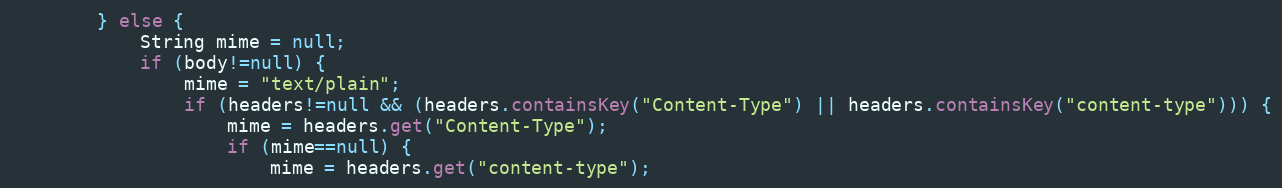
Language: Java
        } else {
            String mime = null;
            if (body!=null) {
                mime = "text/plain";
                if (headers!=null && (headers.containsKey("Content-Type") || headers.containsKey("content-type"))) {
                    mime = headers.get("Content-Type");
                    if (mime==null) {
                        mime = headers.get("content-type");